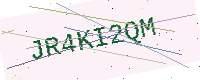
Text: JR4KI2QM